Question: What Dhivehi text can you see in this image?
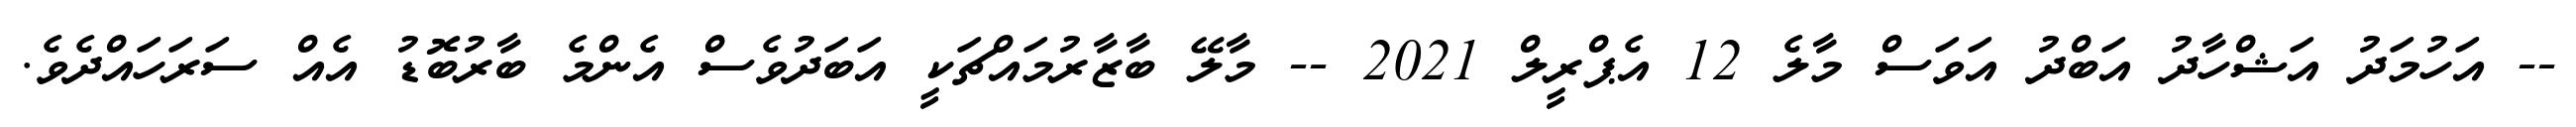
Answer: -- އަހުމަދު އަޝްހާދު އަބްދު އަވަސް މާލެ 12 އެޕްރީލް 2021 -- މާލޭ ބާޒާރުމައްޗަކީ އަބަދުވެސް އެންމެ ބާރުބޮޑު އެއް ސަރަހައްދެވެ.